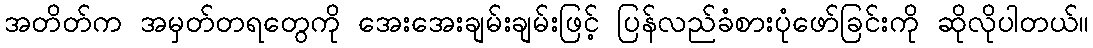
အတိတ်က အမှတ်တရတွေကို အေးအေးချမ်းချမ်းဖြင့် ပြန်လည်ခံစားပုံဖော်ခြင်းကို ဆိုလိုပါတယ်။